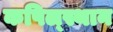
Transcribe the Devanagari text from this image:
कपिल्स्थान